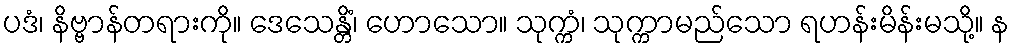
ပဒံ၊ နိဗ္ဗာန်တရားကို။ ဒေသေန္တိံ၊ ဟောသော။ သုက္ကံ၊ သုက္ကာမည်သော ရဟန်းမိန်းမသို့။ န